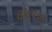
લખવાનો